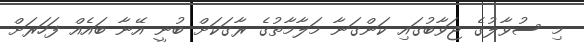
މި ސުވާލުގެ ޖަވާބުގައި ކަންގަނާ މަލާމާތުގެ ރާގަކަށް ބުނީ އޭނާ ބައެއް ފަހަރަށް